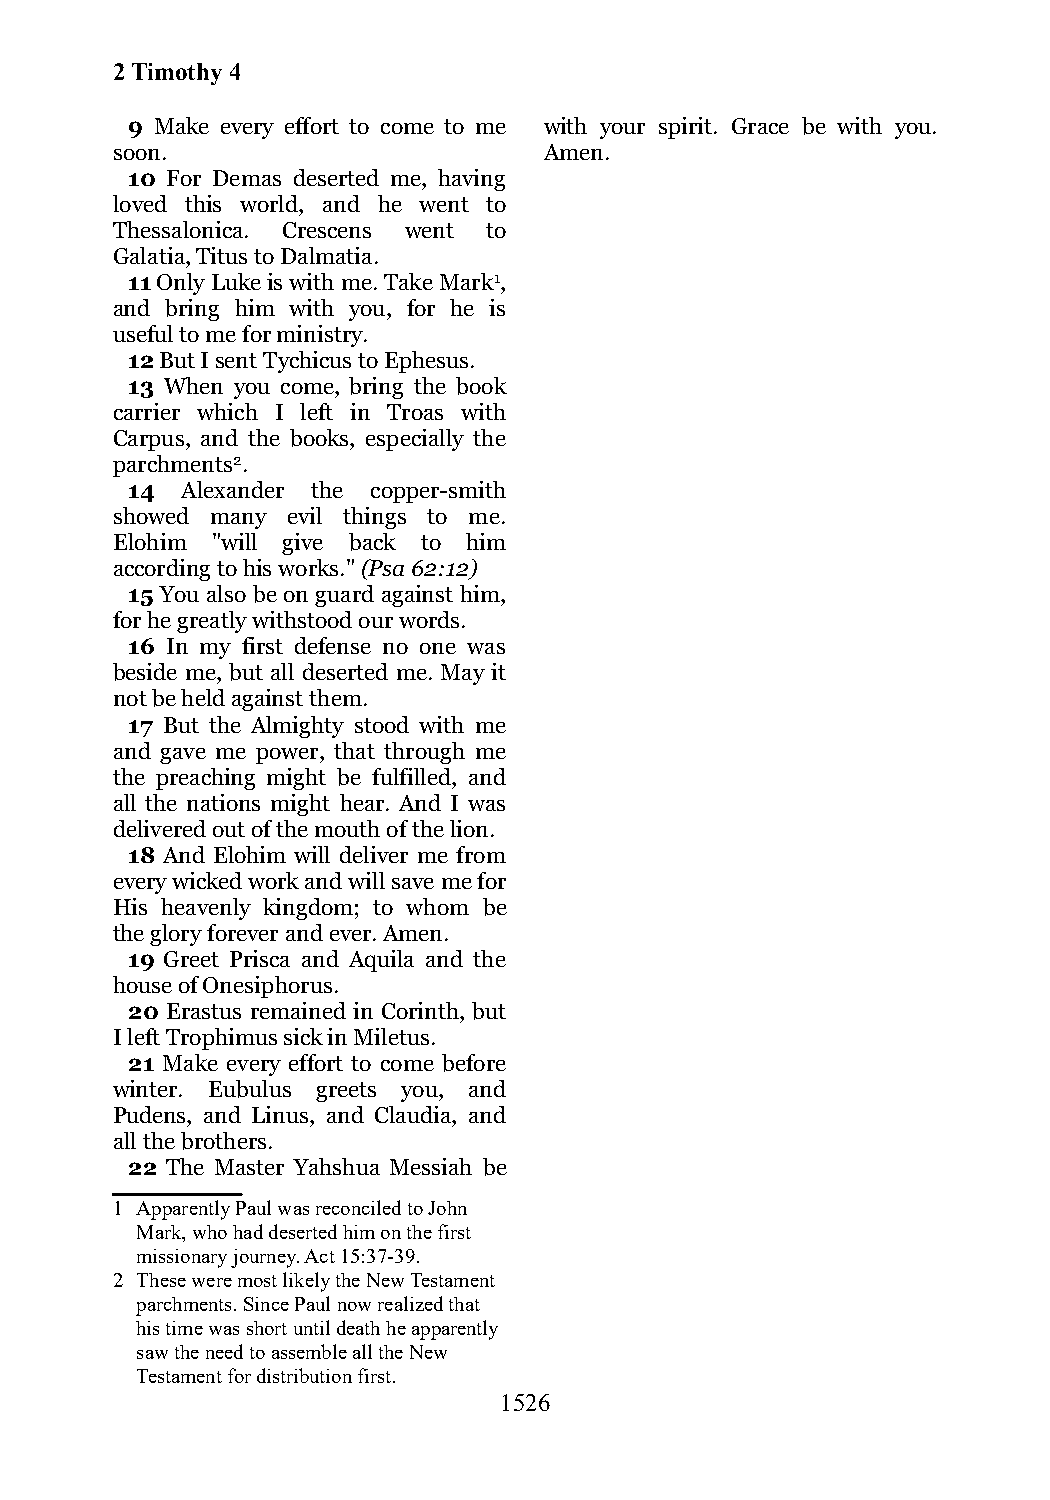
2 Timothy 4
 9 Make every effort to come to me with your spirit. Grace be with you.
 soon.                        Amen.
 10 For Demas deserted me, having
 loved this world, and he went to
 Thessalonica. Crescens went to
 Galatia, Titus to Dalmatia.
 11 Only Luke is with me. Take Mark1,
 and bring him with you, for he is
 useful to me for ministry.
 12 But I sent Tychicus to Ephesus.
 13 When you come, bring the book
 carrier which I left in Troas with
 Carpus, and the books, especially the
 parchments2.
 14  Alexander the copper-smith
 showed many evil things to me.
 Elohim "will give back to him
 according to his works." (Psa 62:12)
 15 You also be on guard against him,
 for he greatly withstood our words.
 16 In my first defense no one was
 beside me, but all deserted me. May it
 not be held against them.
 17 But the Almighty stood with me
 and gave me power, that through me
 the preaching might be fulfilled, and
 all the nations might hear. And I was
 delivered out of the mouth of the lion.
 18 And Elohim will deliver me from
 every wicked work and will save me for
 His heavenly kingdom; to whom be
 the glory forever and ever. Amen.
 19 Greet Prisca and Aquila and the
 house of Onesiphorus.
 20 Erastus remained in Corinth, but
 I left Trophimus sick in Miletus.
 21 Make every effort to come before
 winter. Eubulus greets you, and
 Pudens, and Linus, and Claudia, and
 all the brothers.
 22 The Master Yahshua Messiah be
 1 Apparently Paul was reconciled to John
 Mark, who had deserted him on the first
 missionary journey. Act 15:37-39.
 2 These were most likely the New Testament
 parchments. Since Paul now realized that
 his time was short until death he apparently
 saw the need to assemble all the New
 Testament for distribution first.
 1526